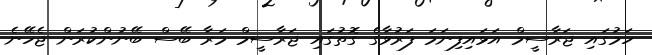
ހަމުގައި ޖަރާސީމް އަޅައިފިނަމަ ފަރުވާގެ ގޮތުގައި ޖަރާސީމް މަރާ ބޭސް ބޭނުންކުރަން ޖެހޭނެ